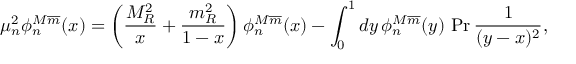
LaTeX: \mu _ { n } ^ { 2 } \phi _ { n } ^ { M \overline { { { m } } } } ( x ) = \left( \frac { M _ { R } ^ { 2 } } { x } + \frac { m _ { R } ^ { 2 } } { 1 - x } \right) \phi _ { n } ^ { M \overline { { { m } } } } ( x ) - \int _ { 0 } ^ { 1 } d y \, \phi _ { n } ^ { M \overline { { { m } } } } ( y ) \, \operatorname * { P r } \frac { 1 } { ( y - x ) ^ { 2 } } ,